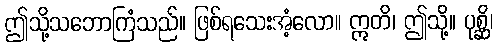
ဤသို့သဘောကြံသည်။ ဖြစ်ရသေးအံ့လော။ ဣတိ၊ ဤသို့။ ပုစ္ဆိ၊